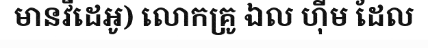
មានវីដេអូ) លោកគ្រូ ឯល ហ៊ីម ដែល